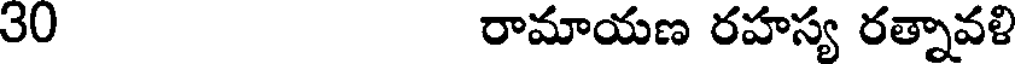
30 రామాయణ రహస్య రత్నావళి